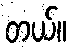
တယ်။